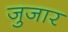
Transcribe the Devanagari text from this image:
जुजार